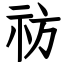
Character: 祊